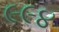
૯૯૪